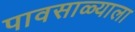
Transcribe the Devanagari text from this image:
पावसाळ्याला